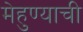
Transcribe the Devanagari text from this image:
मेहुण्याची